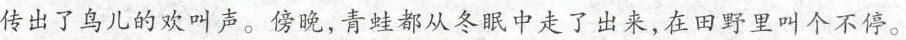
传出了鸟儿的欢叫声。傍晚，青蛙都从冬眠中走了出来，在田野里叫个不停。